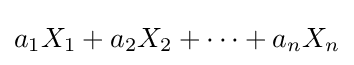
a_{1}X_{1}+a_{2}X_{2}+\dots +a_{n}X_{n}